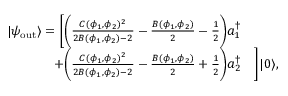
\begin{array} { r l } { | \psi _ { \mathrm { o u t } } \rangle = \bigg [ \bigg ( \frac { C ( \phi _ { 1 } , \phi _ { 2 } ) ^ { 2 } } { 2 B ( \phi _ { 1 } , \phi _ { 2 } ) - 2 } - \frac { B ( \phi _ { 1 } , \phi _ { 2 } ) } { 2 } - \frac 1 2 \bigg ) a _ { 1 } ^ { \dagger } } & { } \\ { + \bigg ( \frac { C ( \phi _ { 1 } , \phi _ { 2 } ) ^ { 2 } } { 2 B ( \phi _ { 1 } , \phi _ { 2 } ) - 2 } - \frac { B ( \phi _ { 1 } , \phi _ { 2 } ) } { 2 } + \frac 1 2 \bigg ) a _ { 2 } ^ { \dagger } } & { \bigg ] | 0 \rangle , } \end{array}